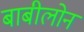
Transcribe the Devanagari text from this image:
बाबीलोन